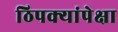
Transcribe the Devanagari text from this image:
ठिपक्यांपेक्षा